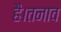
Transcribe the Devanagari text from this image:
है।तनाव